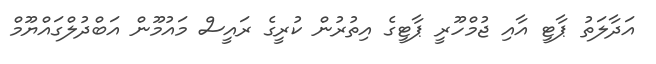
އަދާލަތު ޕާޓީ އާއި ޖުމްހޫރީ ޕާޓީގެ އިތުރުން ކުރީގެ ރައީސް މައުމޫން އަބްދުލްގައްޔޫމް